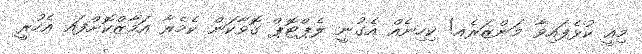
މިއީ ކުޅެފައިވާ މަންޒަރެއ! ކިހިނެއް އެގުނީ ލެޕްޓޮޕް ގޮވާކަން ކެމެރާ އަމާޒްކޮށްފައ އެހުރީ